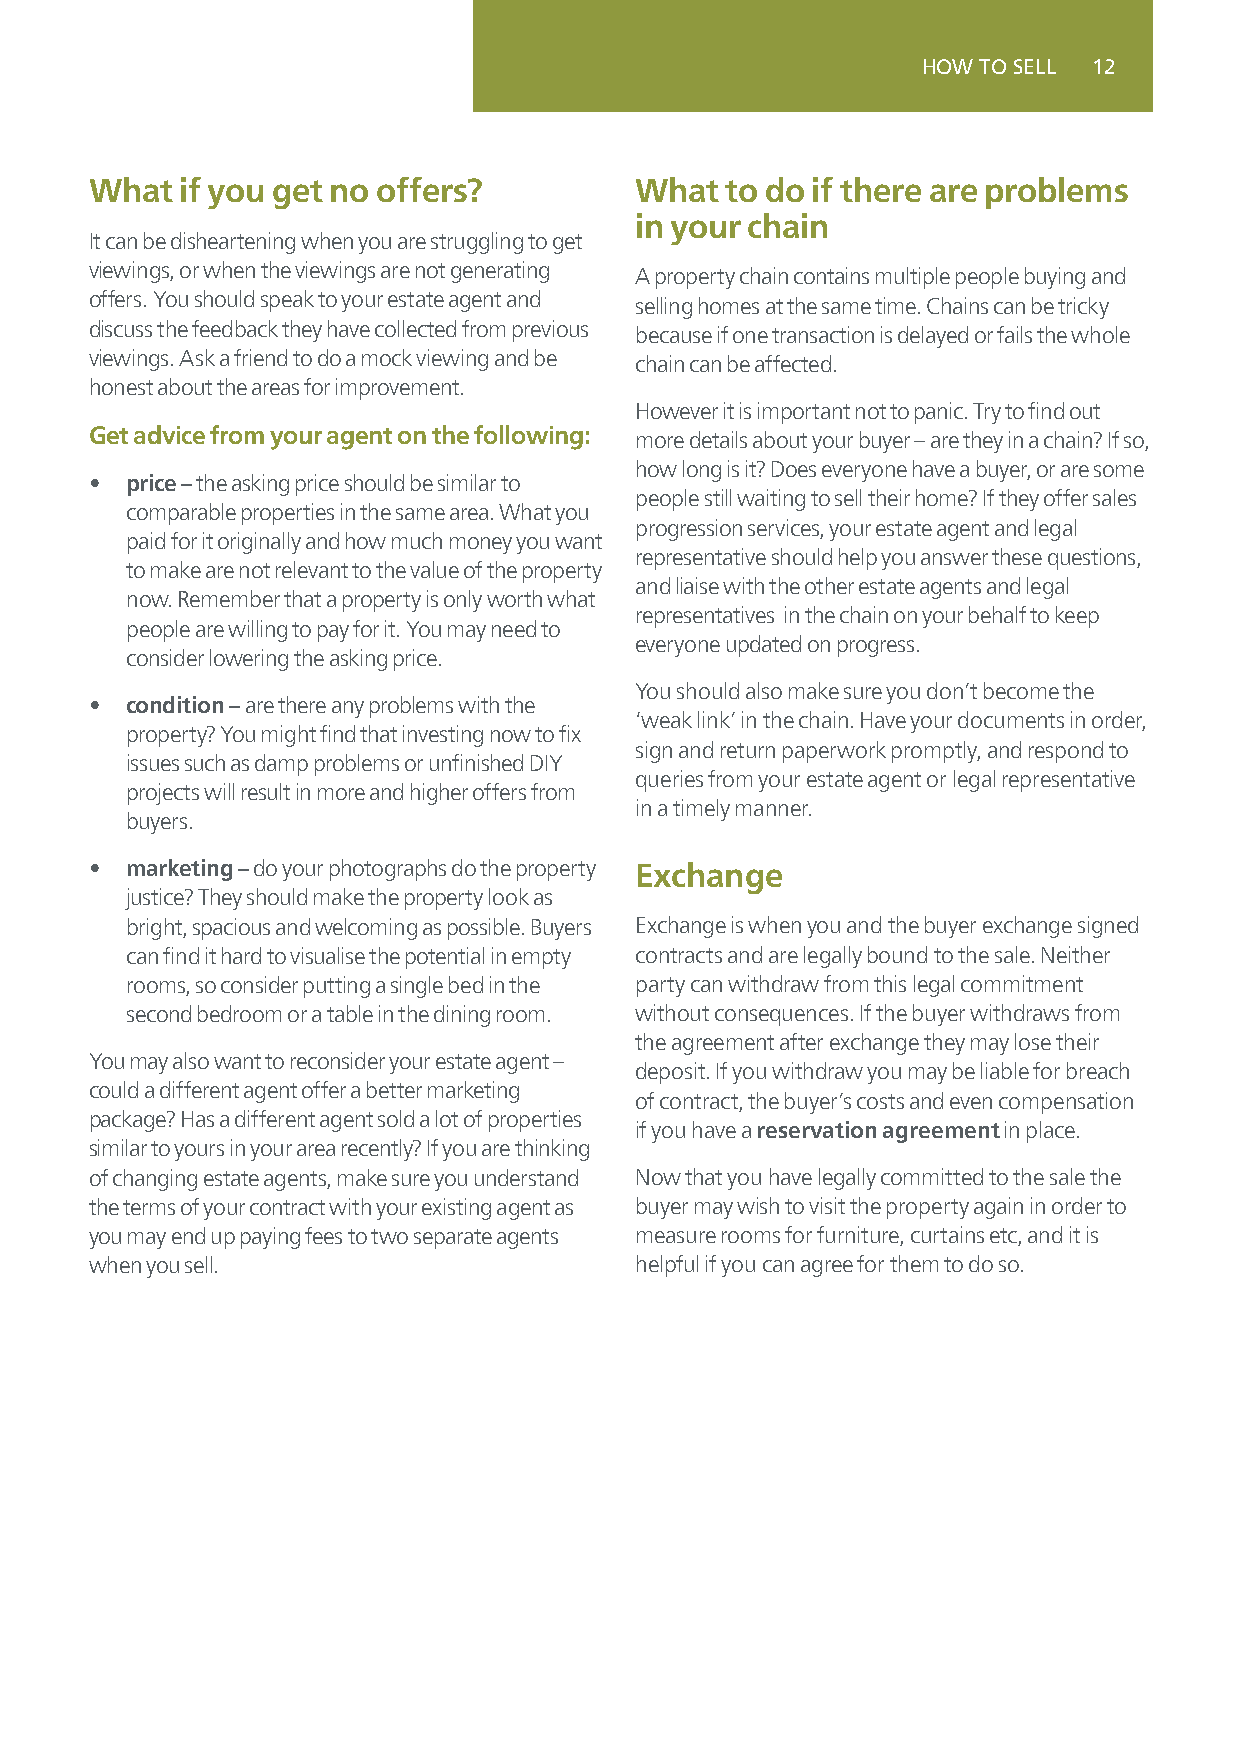
HOW TO SELL 12
 What  if you get no offers?         What  to do if there are problems
 in your chain
 It can be disheartening when you are struggling to get
 viewings, or when the viewings are not generating A property chain contains multiple people buying and
 offers. You should speak to your estate agent and selling homes at the same time. Chains can be tricky
 discuss the feedback they have collected from previous because if one transaction is delayed or fails the whole
 viewings. Ask a friend to do a mock viewing and be chain can be affected.
 honest about the areas for improvement.
 However it is important not to panic. Try to find out
 Get advice from your agent on the following: more details about your buyer – are they in a chain? If so,
 how long is it? Does everyone have a buyer, or are some
 • price – the asking price should be similar to
 people still waiting to sell their home? If they offer sales
 comparable properties in the same area. What you
 progression services, your estate agent and legal
 paid for it originally and how much money you want
 representative should help you answer these questions,
 to make are not relevant to the value of the property
 and liaise with the other estate agents and legal
 now. Remember that a property is only worth what
 representatives in the chain on your behalf to keep
 people are willing to pay for it. You may need to
 everyone updated on progress.
 consider lowering the asking price.
 You should also make sure you don’t become the
 • condition – are there any problems with the
 ‘weak link’ in the chain. Have your documents in order,
 property? You might find that investing now to fix
 sign and return paperwork promptly, and respond to
 issues such as damp problems or unfinished DIY
 queries from your estate agent or legal representative
 projects will result in more and higher offers from
 in a timely manner.
 buyers.
 • marketing – do your photographs do the property Exchange
 justice? They should make the property look as
 bright, spacious and welcoming as possible. Buyers Exchange is when you and the buyer exchange signed
 can find it hard to visualise the potential in empty contracts and are legally bound to the sale. Neither
 rooms, so consider putting a single bed in the party can withdraw from this legal commitment
 second bedroom or a table in the dining room. without consequences. If the buyer withdraws from
 the agreement after exchange they may lose their
 You may also want to reconsider your estate agent –
 deposit. If you withdraw you may be liable for breach
 could a different agent offer a better marketing
 of contract, the buyer’s costs and even compensation
 package? Has a different agent sold a lot of properties
 if you have a reservation agreement in place.
 similar to yours in your area recently? If you are thinking
 of changing estate agents, make sure you understand Now that you have legally committed to the sale the
 the terms of your contract with your existing agent as buyer may wish to visit the property again in order to
 you may end up paying fees to two separate agents measure rooms for furniture, curtains etc, and it is
 when you sell.                      helpful if you can agree for them to do so.